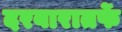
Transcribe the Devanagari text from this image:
दरबारातर्फे